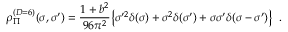
\rho _ { \Pi } ^ { ( D = 6 ) } ( \sigma , \sigma ^ { \prime } ) = { \frac { 1 + b ^ { 2 } } { 9 6 \pi ^ { 2 } } } \big \{ \sigma ^ { \prime 2 } \delta ( \sigma ) + \sigma ^ { 2 } \delta ( \sigma ^ { \prime } ) + \sigma \sigma ^ { \prime } \delta ( \sigma - \sigma ^ { \prime } ) \big \} \; \; .